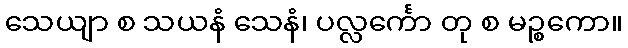
သေယျာ စ သယနံ သေနံ၊ ပလ္လင်္ကော တု စ မဉ္စကော။